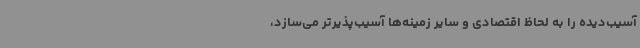
آسیب‌دیده را به لحاظ اقتصادی و سایر زمینه‌ها آسیب‌پذیرتر می‌سازد،